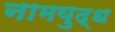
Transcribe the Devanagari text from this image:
नामयुद्ध